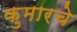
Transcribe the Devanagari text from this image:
कुमारचे